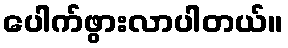
ပေါက်ဖွားလာပါတယ်။